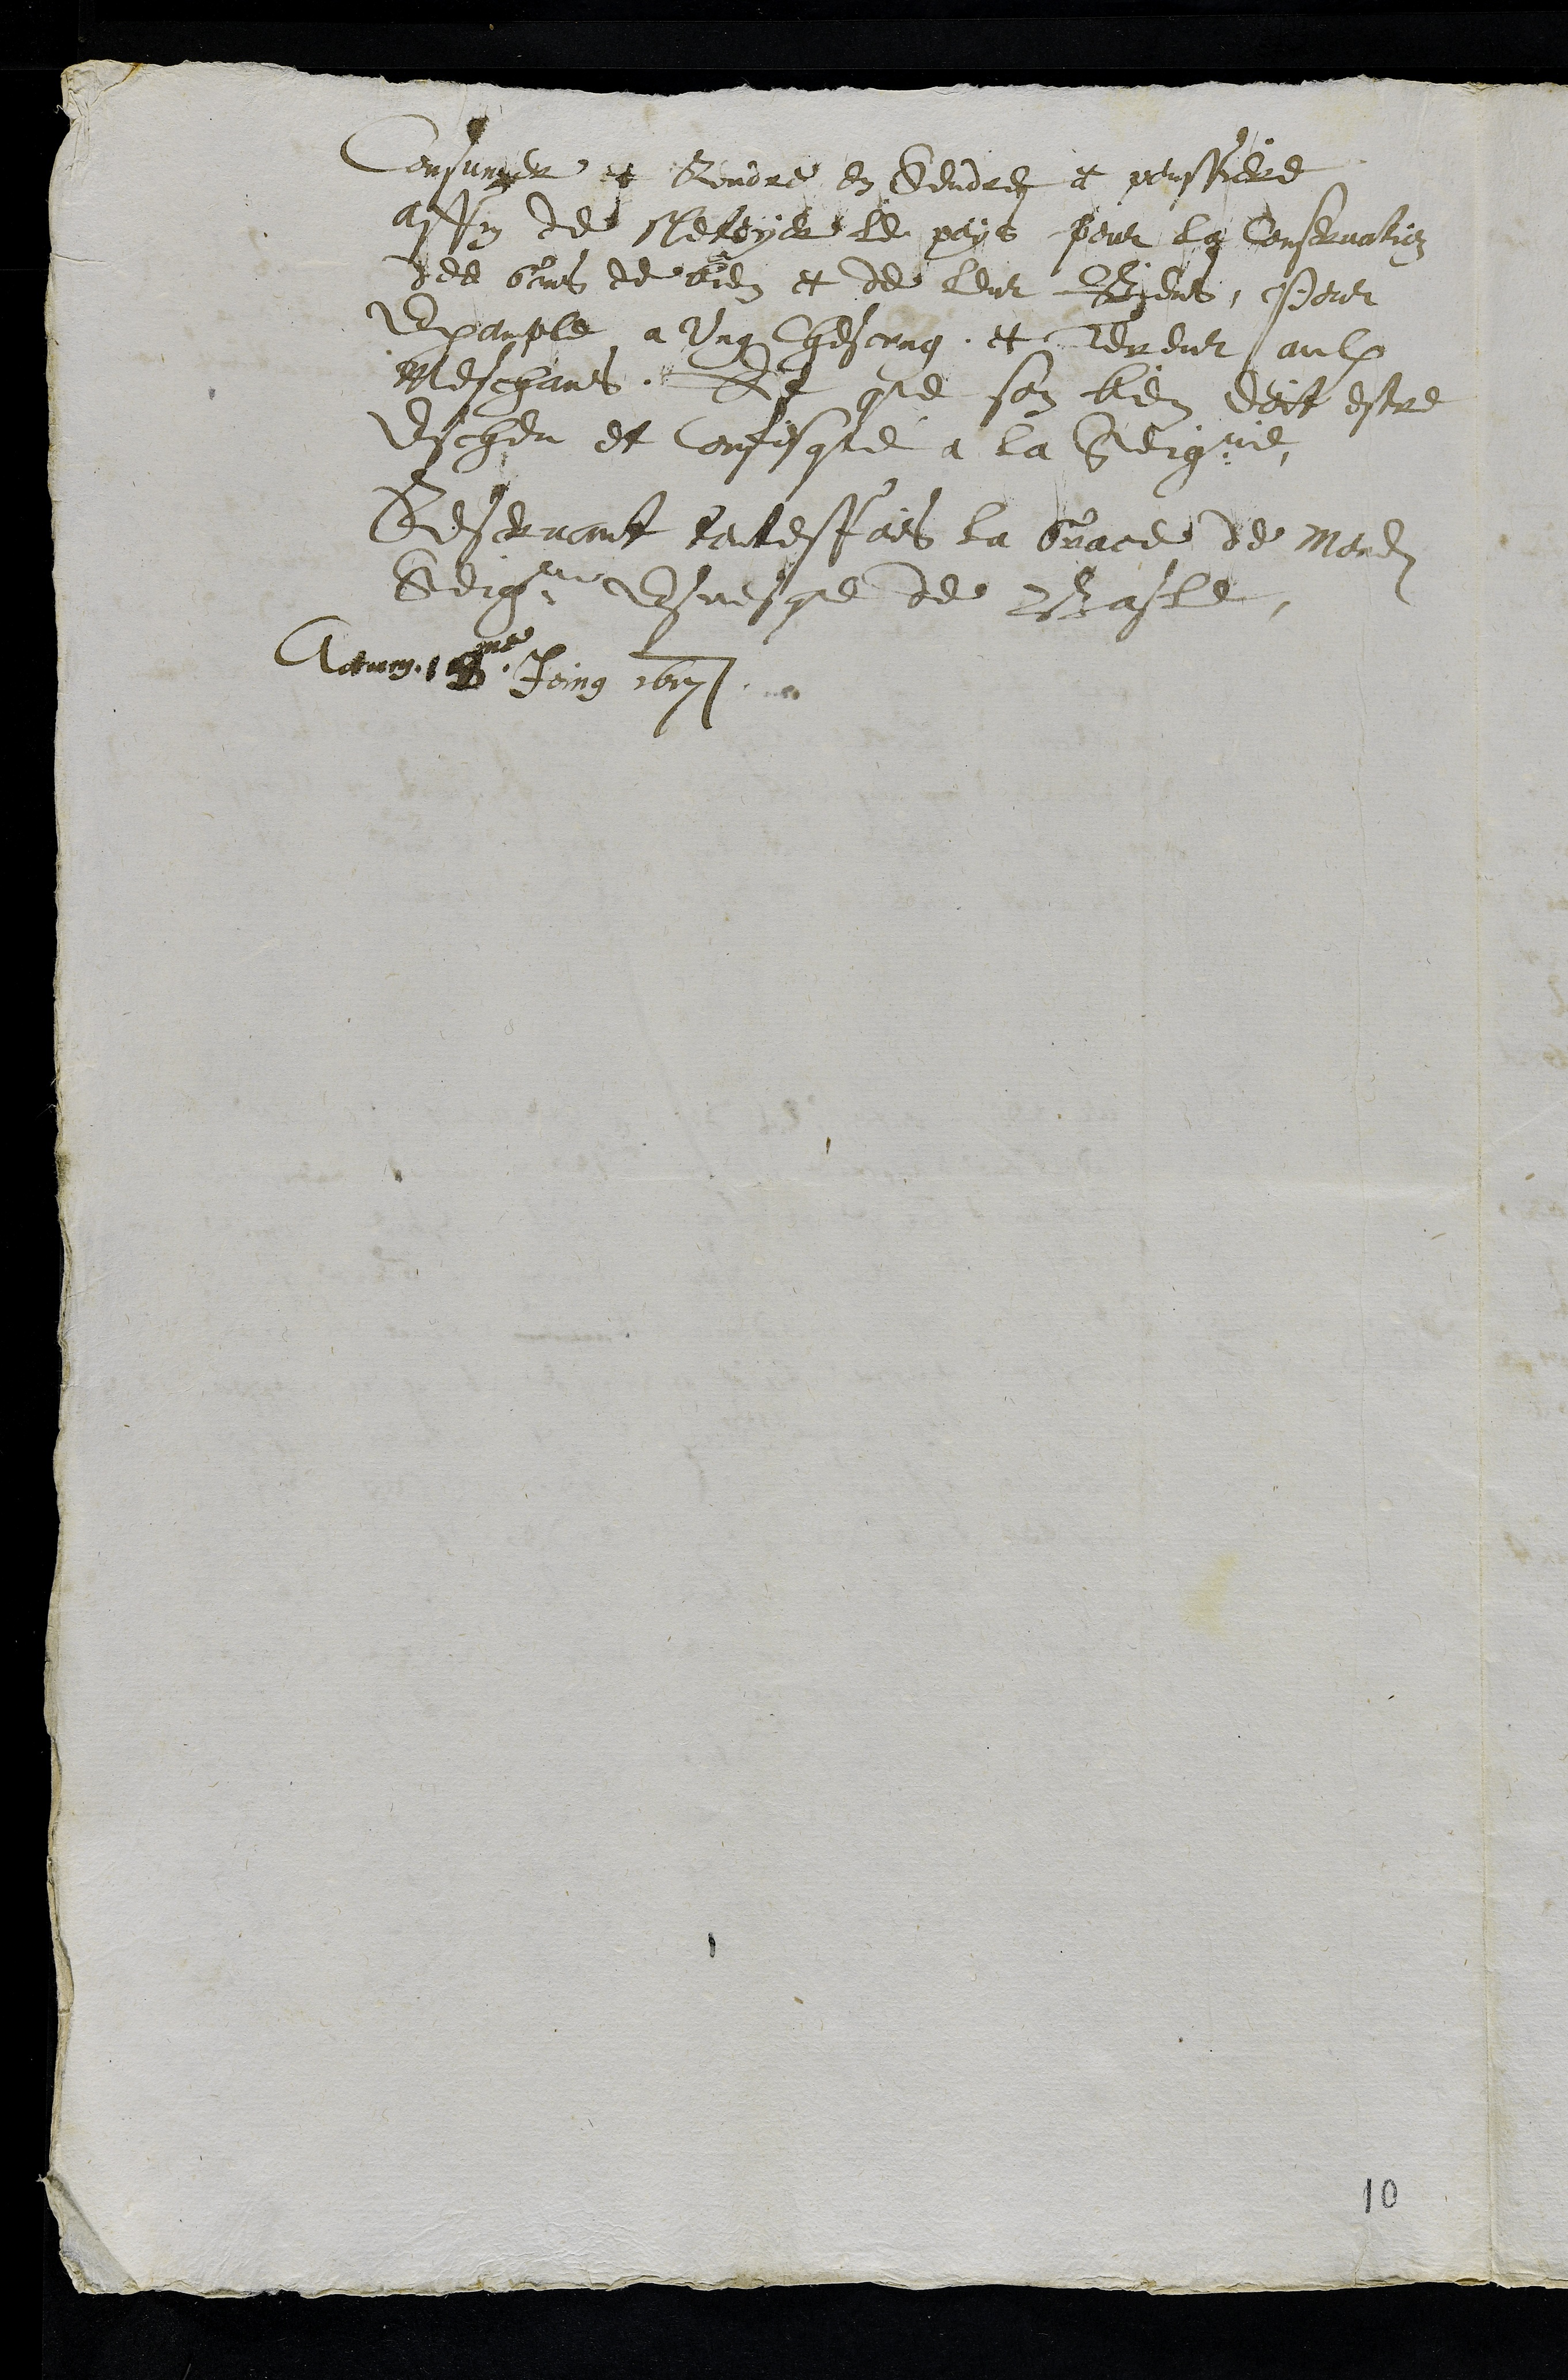
Consumer et Rendre en Sendres et poussiere
Affin de Netoyer le pays pour la conservation
des Gens de biens et de leurs Biens Pour
Example a Ung chescung et Tereur aulx
Meschans. Et que son bien doit estre
Escheu et confisqué a la Seigneurie
Reservant toutesfois la Grace de Mondit
Seigneur Esvesque de Basle
Actum 18me Joing 1617
10